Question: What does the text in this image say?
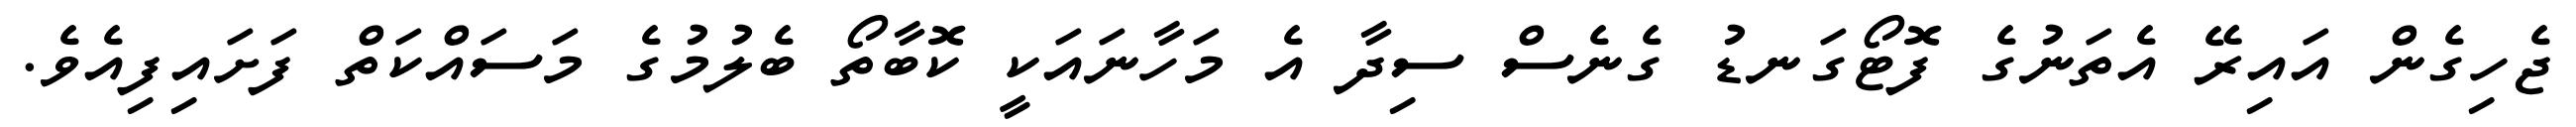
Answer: ޖެހިގެން އައިރޭ އެތަނުގެ ފޮޓޯގަނޑު ގެނެސް ސިދާ އެ މަހާނައަކީ ކޮބާތޯ ބެލުމުގެ މަސައްކަތް ފަށައިފިއެވެ.